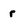
Character: r